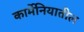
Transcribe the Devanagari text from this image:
कार्मेनियातील